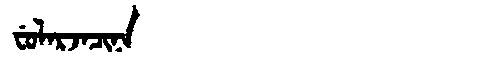
Manchu: ᠸᡠᠯᠠᡵᠵᠠᠴᡳᠨᠠ
Romanization: FULARJACINA